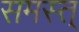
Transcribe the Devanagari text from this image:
समस्त्